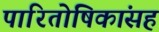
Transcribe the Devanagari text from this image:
पारितोषिकांसह